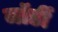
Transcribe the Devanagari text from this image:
जॉर्डी